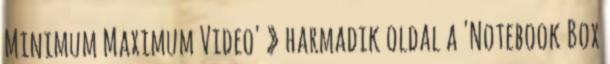
Minimum Maximum Video' » harmadik oldal a 'Notebook Box